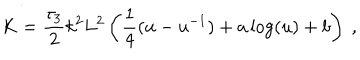
LaTeX: K = { \frac { \tau _ { 3 } } { 2 } } k ^ { 2 } L ^ { 2 } \left( { \frac { 1 } { 4 } } ( u - u ^ { - 1 } ) + a \log ( u ) + b \right) \ ,